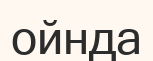
ойнда